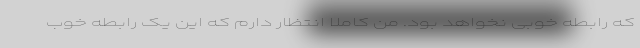
که رابطه خوبی نخواهد بود. من کاملاً انتظار دارم که این یک رابطه خوب